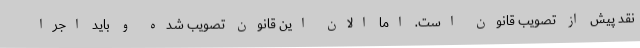
نقد پیش از تصویب قانون است. اما الان این قانون تصویب شده و باید اجرا